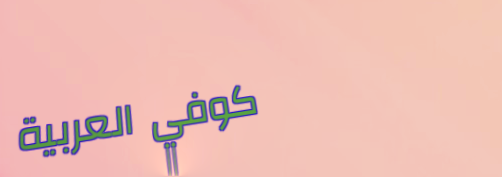
كوفي العربية